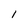
Character: 1